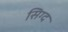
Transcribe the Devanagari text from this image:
सिग्द